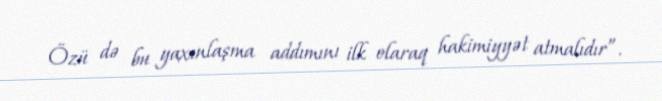
Özü də bu yaxınlaşma addımını ilk olaraq hakimiyyət atmalıdır”.